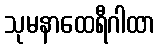
သုမနာထေရီဂါထာ